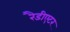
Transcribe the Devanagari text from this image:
रैडीएटर